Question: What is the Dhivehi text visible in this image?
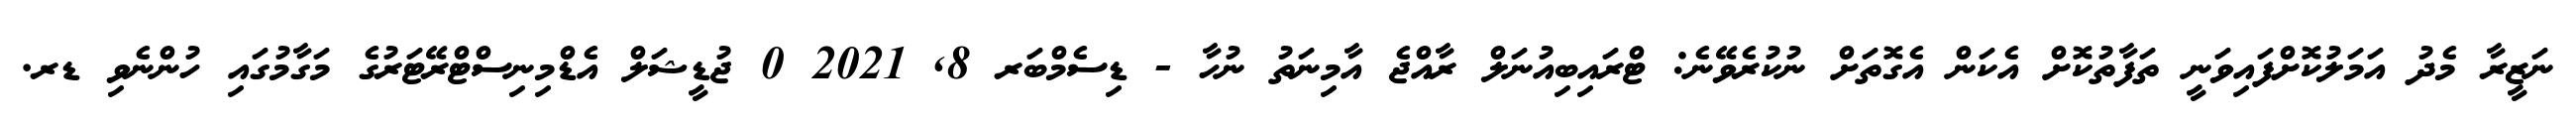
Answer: ނަޒީރާ މެދު އަމަލުކޮށްފައިވަނީ ތަފާތުކޮށް އެކަން އެގޮތަށް ނުކުރެވޭނެ: ޓްރައިބިއުނަލް ރާއްޖެ އާމިނަތު ނުހާ - ޑިސެމްބަރ 8, 2021 0 ޖުޑީޝަލް އެޑްމިނިސްޓްރޭޓަރުގެ މަގާމުގައި ހުންނެވި ޑރ.